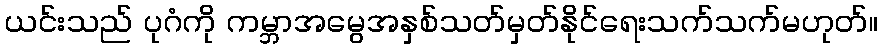
ယင်းသည် ပုဂံကို ကမ္ဘာအမွေအနှစ်သတ်မှတ်နိုင်ရေးသက်သက်မဟုတ်။